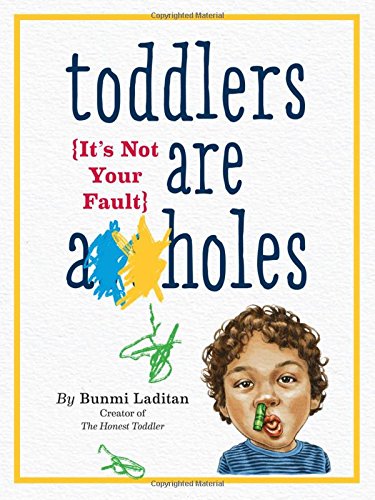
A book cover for Toddlers Are A**holes: It's Not Your Fault; Bunmi Laditan; Humor & Entertainment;